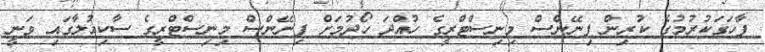
ފާހަގަކުރުމުގެ ކުރިން ފިނޭންސް މިނިސްޓްރީގެ ހުއްދަ ހޯދުމަށް ފިނޭންސް މިނިސްޓްރީގެ ސާކިއުލާގައި ވަނީ